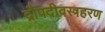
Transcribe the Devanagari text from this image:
द्रौपदीवस्त्रहरण